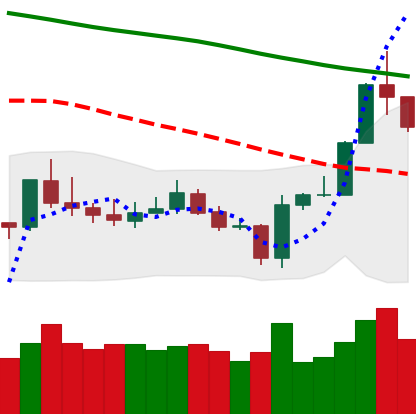
Ticker: BTC-USD
Chart end date: 2020-01-09
Forward return: 12.041%
Label: up_7plus